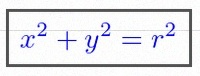
x^2+y^2=r^2